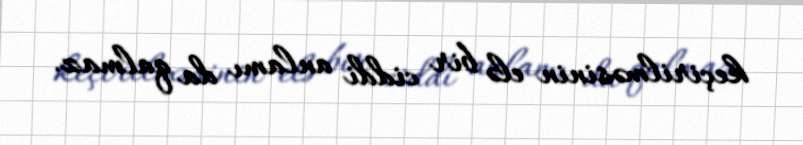
keçirilməsinin elə bir ciddi anlamı da qalmaz.